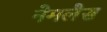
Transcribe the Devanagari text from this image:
नेमलैस